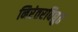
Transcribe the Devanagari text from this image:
निरंतरविद्युत